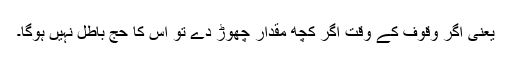
یعنی اگر وقوف کے وقت اگر کچھ مقدار چھوڑ دے تو اس کا حج باطل نہیں ہوگا۔